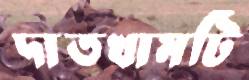
দাতখামটি